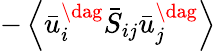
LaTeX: -\left\langle{\bar{u}_{i}^{\dag}{{\bar{S}}_{ij}}\bar{u}_{j}^{\dag}}\right\rangle